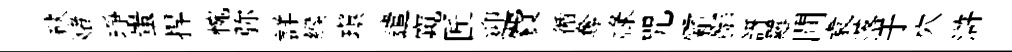
砆赌琤蚩捍惋弥詳緱瑱遣窺匠迎費循奪禄咒霜鄙訝羅閴袁落于穴滸